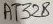
Text: AT328